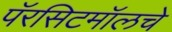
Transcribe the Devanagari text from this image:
पॅरसिटमॉलचे